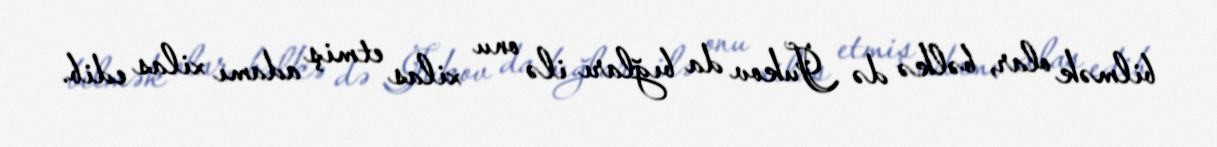
bilmək olar, bəlkə də Jukov da bığları ilə onu xilas etmiş adamı xilas edib.